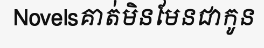
Novelsគាត់មិនមែនជាកូន